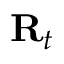
\mathbf { R } _ { t }